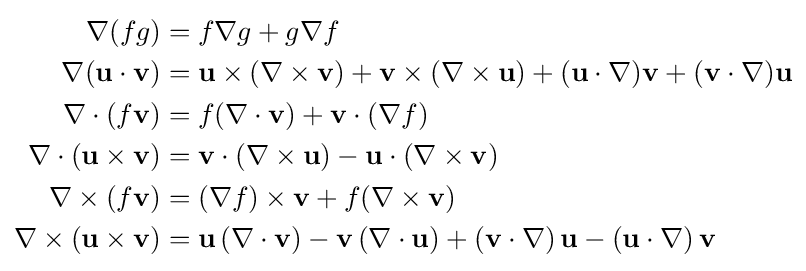
{\begin{aligned}\nabla (fg)&=f\nabla g+g\nabla f\\\nabla (\mathbf {u} \cdot \mathbf {v} )&=\mathbf {u} \times (\nabla \times \mathbf {v} )+\mathbf {v} \times (\nabla \times \mathbf {u} )+(\mathbf {u} \cdot \nabla )\mathbf {v} +(\mathbf {v} \cdot \nabla )\mathbf {u} \\\nabla \cdot (f\mathbf {v} )&=f(\nabla \cdot \mathbf {v} )+\mathbf {v} \cdot (\nabla f)\\\nabla \cdot (\mathbf {u} \times \mathbf {v} )&=\mathbf {v} \cdot (\nabla \times \mathbf {u} )-\mathbf {u} \cdot (\nabla \times \mathbf {v} )\\\nabla \times (f\mathbf {v} )&=(\nabla f)\times \mathbf {v} +f(\nabla \times \mathbf {v} )\\\nabla \times (\mathbf {u} \times \mathbf {v} )&=\mathbf {u} \,(\nabla \cdot \mathbf {v} )-\mathbf {v} \,(\nabla \cdot \mathbf {u} )+(\mathbf {v} \cdot \nabla )\,\mathbf {u} -(\mathbf {u} \cdot \nabla )\,\mathbf {v} \end{aligned}}